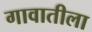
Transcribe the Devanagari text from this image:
गावातीला